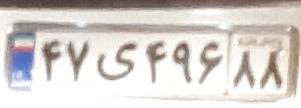
۲۷ی۴۹۶۸۸